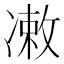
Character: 𪞫